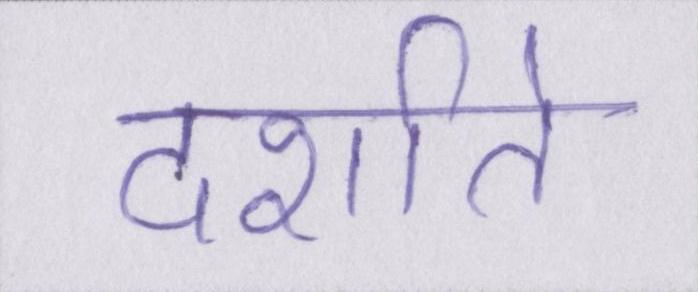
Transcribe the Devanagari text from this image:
दर्शाते